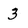
Character: 3